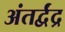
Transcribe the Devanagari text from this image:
अंतर्द्वंद्र